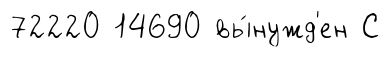
72220 14690 вы́нужд'ен С